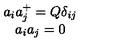
\begin{array} { c } { a _ { i } a _ { j } ^ { + } = Q \delta _ { i j } } \\ { a _ { i } a _ { j } = 0 } \\ \end{array}